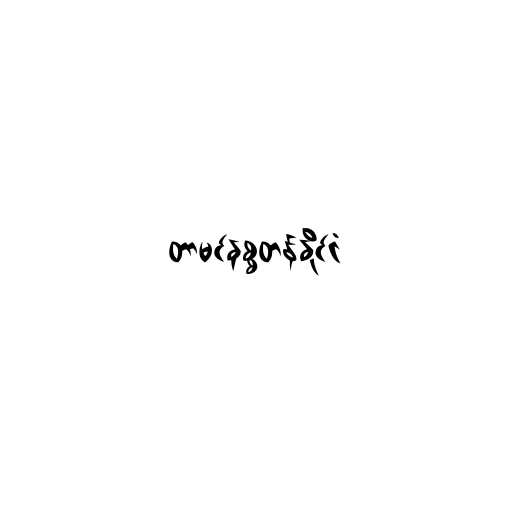
တာမင်နစ္စတန်နိုင်ငံ